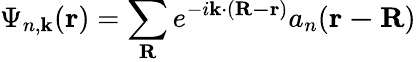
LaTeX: \Psi_{n,\mathbf{k}}(\mathbf{r})=\sum_{\mathbf{R}}e^{-i\mathbf{k}\cdot(\mathbf{R-r})}a_{n}(\mathbf{r-R})